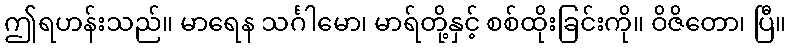
ဤရဟန်းသည်။ မာရေန သင်္ဂါမော၊ မာရ်တို့နှင့် စစ်ထိုးခြင်းကို။ ဝိဇိတော၊ ပြီ။